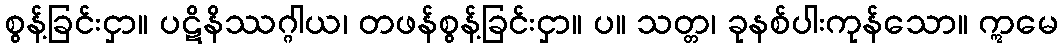
စွန့်ခြင်းငှာ။ ပဋိနိဿဂ္ဂါယ၊ တဖန်စွန့်ခြင်းငှာ။ ပ။ သတ္တ၊ ခုနစ်ပါးကုန်သော။ ဣမေ